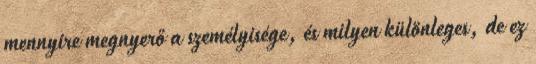
mennyire megnyerő a személyisége, és milyen különleges, de ez